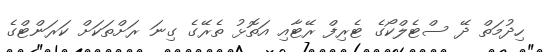
ހިދުމަތް ދޭ ސްޓެލްކޯގެ ޓެރިފް ރޭޓާއި އަތޮޅު ތެރޭގެ ގިނަ ރަށްތަކަށް ކަރަންޓްގެ